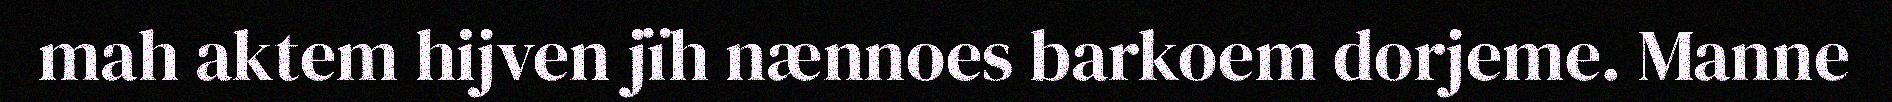
mah aktem hijven jïh nænnoes barkoem dorjeme. Manne